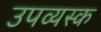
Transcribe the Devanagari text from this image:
उपव्यस्क